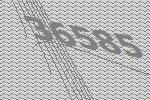
36585